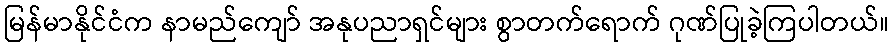
မြန်မာနိုင်ငံက နာမည်ကျော် အနုပညာရှင်များ စွာတက်ရောက် ဂုဏ်ပြုခဲ့ကြပါတယ်။